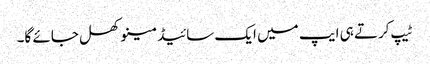
ٹیپ کرتے ہی ایپ میں ایک سائیڈ مینو کھل جائے گا۔